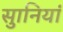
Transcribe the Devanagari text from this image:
सुानियां